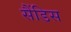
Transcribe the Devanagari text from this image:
सैंडिस